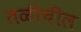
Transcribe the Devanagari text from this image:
तळीचील